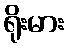
ရိုးမား